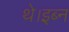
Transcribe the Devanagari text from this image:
थे।इब्न